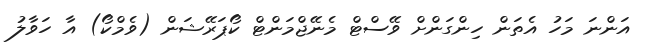
އަންނަ މަހު އެތަން ހިންގަންށް ވޭސްޓް މެނޭޖްމަންޓް ކޯޕަރޭޝަން (ވެމްކޯ) އާ ހަވާލު